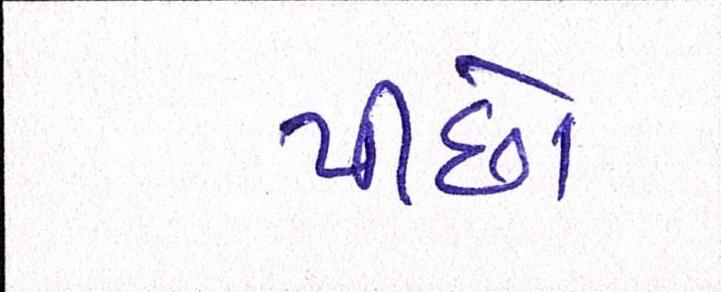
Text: પીછો